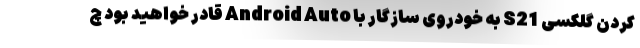
کردن گلکسی S21 به خودروی سازگار با Android Auto قادر خواهید بود چ